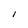
Character: I